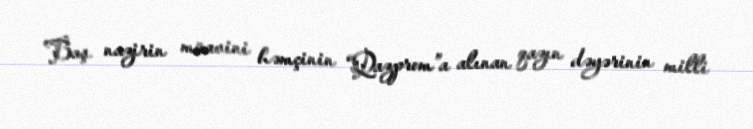
Baş nazirin müavini həmçinin “Qazprom”a alınan qazın dəyərinin milli